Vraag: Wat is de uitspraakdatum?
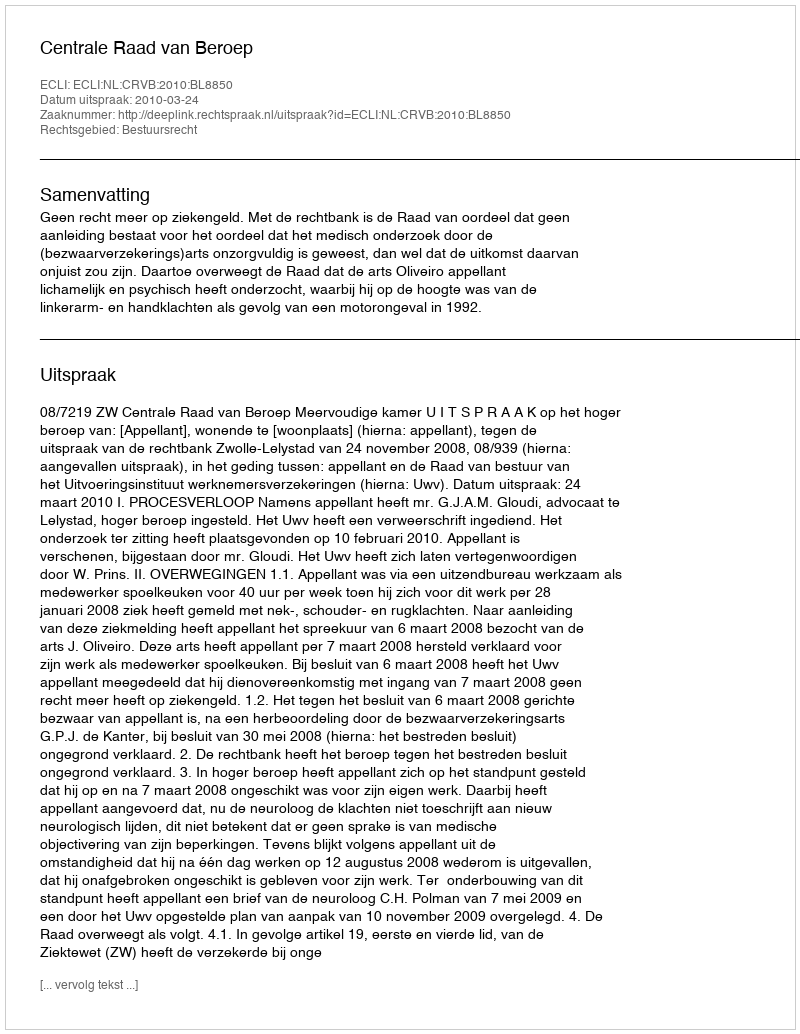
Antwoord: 2010-03-24